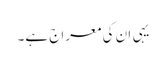
یہی ان کی معراج ہے۔